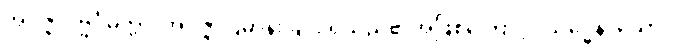
အဝိဇ္ဇာပုဗ္ဗင်္ဂမတ္တာ၊ အဝိဇ္ဇာပြဓာန်းခြင်း ရှိသည်၏အဖြစ်ကြောင့်။ သိဒ္ဓေန၊ သော။